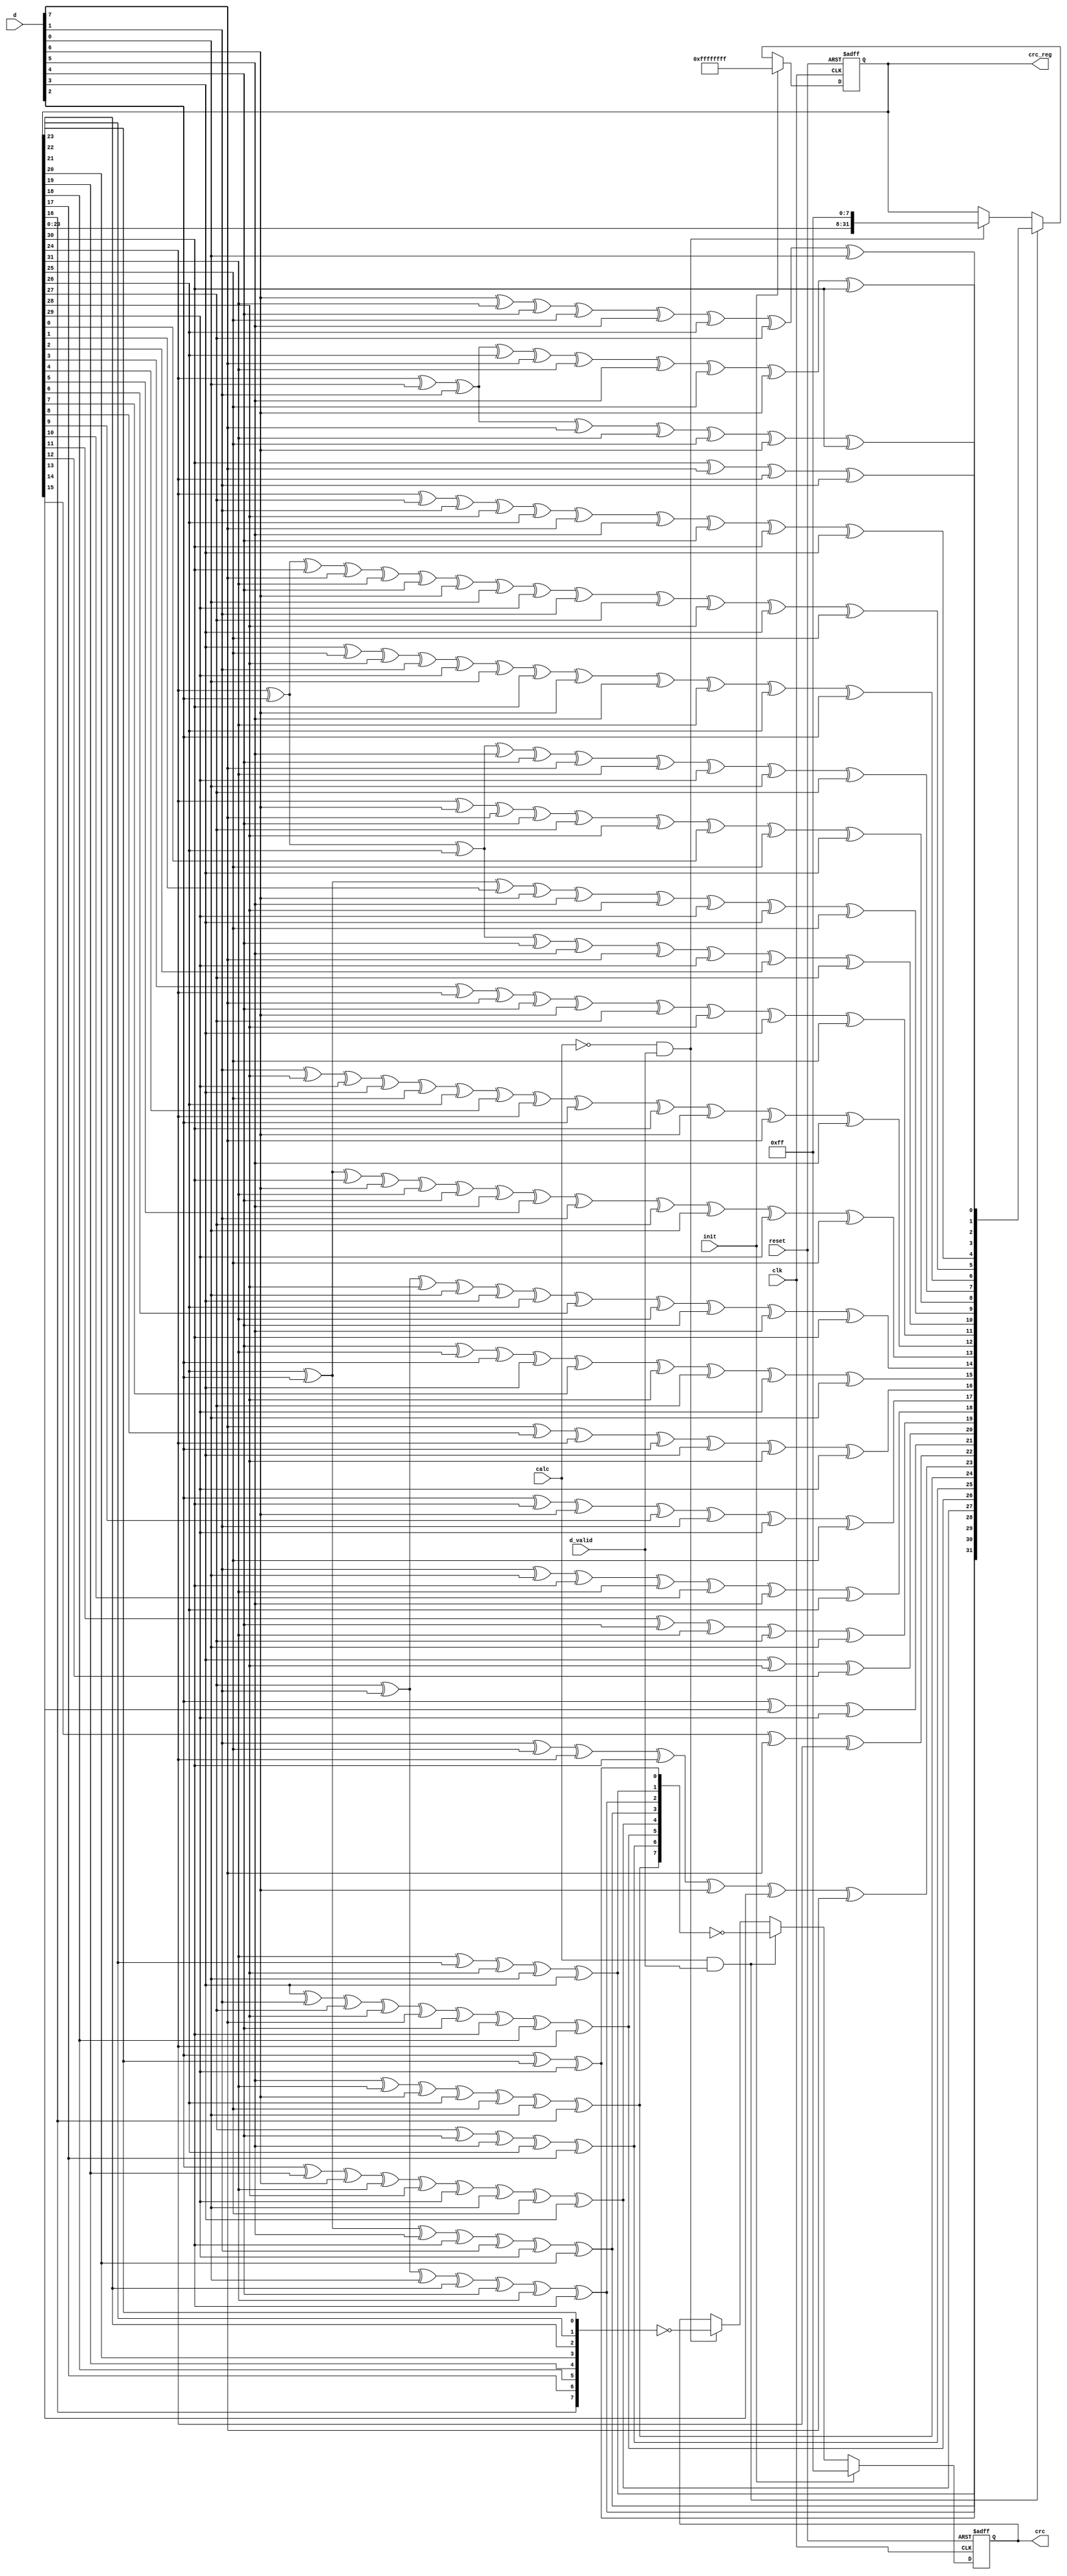
module ethernet_crc_8 (

input         clk,
input         reset,
input  [7:0]  d,
input         calc,
input         init,
input         d_valid,

output reg [31:0] crc_reg,
output reg [7:0]  crc

   );


wire   [31:0] next_crc;

//////////////////////////////////////////////////////////////////////////////
// Infer CRC-32 registers
//
// The crc_reg register stores the CRC-32 value.
// The crc register is the most significant 8 bits of the
// CRC-32 value.
//
// Truth Table:
// -----+---------+----------+----------------------------------------------
// calc | d_valid | crc_reg  | crc
// -----+---------+----------+----------------------------------------------
//  0   |     0   | crc_reg  | crc
//  0   |     1   |  shift   | bit-swapped, complimented msbyte of crc_reg
//  1   |     0   | crc_reg  | crc
//  1   |     1   | next_crc | bit-swapped, complimented msbyte of next_crc
// -----+---------+----------+----------------------------------------------
//
//////////////////////////////////////////////////////////////////////////////

always @ (posedge clk or posedge reset)
begin
   if (reset) begin
      crc_reg <= 32'hFFFFFFFF;
      crc     <= 8'hFF;
   end

   else if (init) begin
      crc_reg <= 32'hFFFFFFFF;
      crc     <=  8'hFF;
   end

   else if (calc & d_valid) begin
      crc_reg <= next_crc;
      crc     <= ~{next_crc[24], next_crc[25], next_crc[26], next_crc[27],
                   next_crc[28], next_crc[29], next_crc[30], next_crc[31]};
   end

   else if (~calc & d_valid) begin
      crc_reg <=  {crc_reg[23:0], 8'hFF};
      crc     <= ~{crc_reg[16], crc_reg[17], crc_reg[18], crc_reg[19],
                   crc_reg[20], crc_reg[21], crc_reg[22], crc_reg[23]};
   end
end

//////////////////////////////////////////////////////////////////////////////
// CRC XOR equations
//////////////////////////////////////////////////////////////////////////////

assign next_crc[0] = crc_reg[30] ^ d[7] ^ crc_reg[24] ^ d[1];
assign next_crc[1] = crc_reg[24] ^ d[0] ^ d[1] ^ d[7] ^ crc_reg[31] ^ crc_reg[25] ^ d[6] ^ crc_reg[30];
assign next_crc[2] = d[0] ^ crc_reg[24] ^ d[1] ^ crc_reg[26] ^ d[7] ^ crc_reg[31] ^ d[5] ^ crc_reg[25] ^ d[6] ^ crc_reg[30];
assign next_crc[3] = d[6] ^ crc_reg[31] ^ d[4] ^ crc_reg[25] ^ d[5] ^ crc_reg[26] ^ crc_reg[27] ^ d[0];
assign next_crc[4] = crc_reg[24] ^ crc_reg[27] ^ d[1] ^ crc_reg[28] ^ crc_reg[26] ^ d[7] ^ d[5] ^ d[4] ^ crc_reg[30] ^ d[3];
assign next_crc[5] = crc_reg[24] ^ d[2] ^ crc_reg[30] ^ d[7] ^ crc_reg[31] ^ d[4] ^ d[6] ^ d[0] ^ crc_reg[29] ^ d[1] ^ crc_reg[27] ^ crc_reg[28] ^ d[3] ^ crc_reg[25];
assign next_crc[6] = d[3] ^ crc_reg[25] ^ crc_reg[28] ^ d[1] ^ crc_reg[29] ^ d[0] ^ crc_reg[30] ^ d[6] ^ d[5] ^ crc_reg[31] ^ crc_reg[26] ^ d[2];
assign next_crc[7] = d[2] ^ crc_reg[24] ^ crc_reg[26] ^ d[5] ^ d[4] ^ d[7] ^ crc_reg[31] ^ crc_reg[29] ^ d[0] ^ crc_reg[27];
assign next_crc[8] = crc_reg[24] ^ d[6] ^ d[7] ^ d[4] ^ crc_reg[27] ^ crc_reg[28] ^ crc_reg[0] ^ crc_reg[25] ^ d[3];
assign next_crc[9] = crc_reg[26] ^ d[2] ^ crc_reg[1] ^ d[6] ^ d[5] ^ crc_reg[28] ^ crc_reg[29] ^ d[3] ^ crc_reg[25];
assign next_crc[10] = d[2] ^ crc_reg[24] ^ crc_reg[26] ^ d[4] ^ d[5] ^ d[7] ^ crc_reg[29] ^ crc_reg[2] ^ crc_reg[27];
assign next_crc[11] = crc_reg[3] ^ crc_reg[24] ^ d[7] ^ d[4] ^ d[6] ^ crc_reg[27] ^ crc_reg[28] ^ d[3] ^ crc_reg[25];
assign next_crc[12] = d[1] ^ crc_reg[28] ^ crc_reg[29] ^ d[3] ^ crc_reg[25] ^ crc_reg[26] ^ crc_reg[4] ^ crc_reg[24] ^ d[2] ^ crc_reg[30] ^ d[6] ^ d[7] ^ d[5];
assign next_crc[13] = crc_reg[26] ^ d[2] ^ crc_reg[30] ^ d[6] ^ crc_reg[31] ^ d[4] ^ d[5] ^ crc_reg[5] ^ d[1] ^ crc_reg[27] ^ d[0] ^ crc_reg[29] ^ crc_reg[25];
assign next_crc[14] = crc_reg[27] ^ d[1] ^ crc_reg[28] ^ d[0] ^ d[3] ^ crc_reg[26] ^ crc_reg[6] ^ crc_reg[31] ^ d[4] ^ d[5] ^ crc_reg[30];
assign next_crc[15] = d[4] ^ crc_reg[31] ^ d[2] ^ d[3] ^ crc_reg[7] ^ crc_reg[28] ^ crc_reg[27] ^ crc_reg[29] ^ d[0];
assign next_crc[16] = d[7] ^ crc_reg[8] ^ crc_reg[24] ^ d[2] ^ d[3] ^ crc_reg[28] ^ crc_reg[29];
assign next_crc[17] = d[2] ^ crc_reg[30] ^ d[6] ^ crc_reg[9] ^ d[1] ^ crc_reg[29] ^ crc_reg[25];
assign next_crc[18] = d[1] ^ d[0] ^ crc_reg[30] ^ crc_reg[31] ^ crc_reg[10] ^ d[5] ^ crc_reg[26];
assign next_crc[19] = crc_reg[11] ^ d[4] ^ crc_reg[31] ^ crc_reg[27] ^ d[0];
assign next_crc[20] = d[3] ^ crc_reg[28] ^ crc_reg[12];
assign next_crc[21] = d[2] ^ crc_reg[13] ^ crc_reg[29];
assign next_crc[22] = crc_reg[14] ^ d[7] ^ crc_reg[24];
assign next_crc[23] = d[1] ^ crc_reg[25] ^ crc_reg[24] ^ crc_reg[30] ^ d[6] ^ crc_reg[15] ^ d[7];
assign next_crc[24] = d[5] ^ crc_reg[31] ^ d[6] ^ crc_reg[26] ^ crc_reg[25] ^ d[0] ^ crc_reg[16];
assign next_crc[25] = crc_reg[27] ^ d[4] ^ d[5] ^ crc_reg[26] ^ crc_reg[17];
assign next_crc[26] = d[3] ^ d[1] ^ crc_reg[27] ^ crc_reg[28] ^ d[7] ^ d[4] ^ crc_reg[30] ^ crc_reg[18] ^ crc_reg[24];
assign next_crc[27] = d[2] ^ crc_reg[19] ^ d[6] ^ crc_reg[31] ^ crc_reg[28] ^ crc_reg[29] ^ d[0] ^ crc_reg[25] ^ d[3];
assign next_crc[28] = d[2] ^ crc_reg[26] ^ d[5] ^ crc_reg[30] ^ d[1] ^ crc_reg[29] ^ crc_reg[20];
assign next_crc[29] = crc_reg[27] ^ d[1] ^ d[0] ^ crc_reg[21] ^ d[4] ^ crc_reg[31] ^ crc_reg[30];
assign next_crc[30] = crc_reg[31] ^ crc_reg[22] ^ crc_reg[28] ^ d[0] ^ d[3];
assign next_crc[31] = d[2] ^ crc_reg[23] ^ crc_reg[29];

endmodule